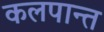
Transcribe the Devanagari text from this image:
कलपान्त